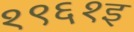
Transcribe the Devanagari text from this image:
१९६१इ